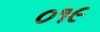
૦૧૯